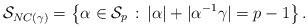
LaTeX: \begin{align*}\mathcal S_{NC(\gamma)} &=\left\{\alpha\in \mathcal S_p\,:\,|\alpha|+|\alpha^{-1}\gamma|=p-1\right\}.\end{align*}